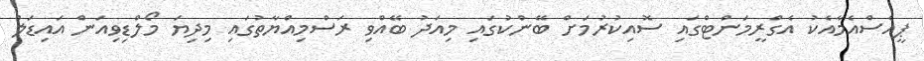
ޕީއެސްއެމާއެކު އެގްރީމަންޓްގައި ސޮއިކުރުމަށް ބޭންކުގައި މިއަދު ބޭއްވި ރަސްމިއްޔާތުގައި މިދިޔަ މޯލްޑިވިއަން އައިޑަލް